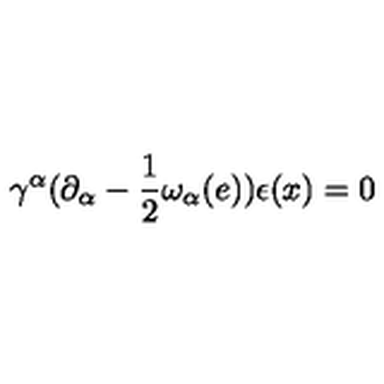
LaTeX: \gamma ^ { \alpha } ( \partial _ { \alpha } - \frac { 1 } { 2 } \omega _ { \alpha } ( e ) ) \epsilon ( x ) = 0